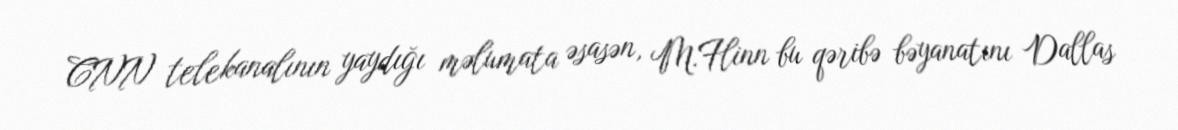
CNN telekanalının yaydığı məlumata əsasən, M.Flinn bu qəribə bəyanatını Dallas